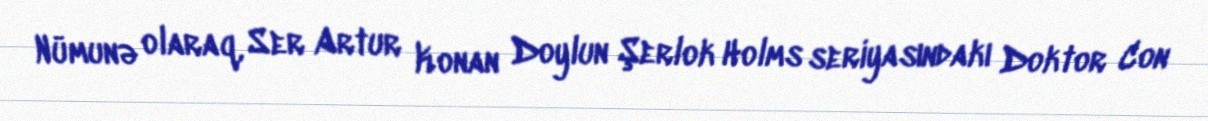
Nümunə olaraq, Ser Artur Konan Doylun Şerlok Holms seriyasındakı Doktor Con